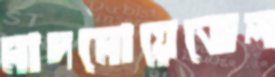
মাদমোয়েজেল